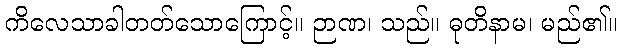
ကိလေသာခါတတ်သောကြောင့်။ ဉာဏ၊ သည်။ ဓုတိနာမ၊ မည်၏။